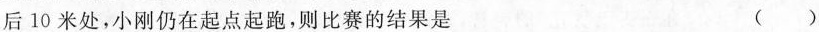
后10米处，小刚仍在起点起跑，则比赛的结果是 ()